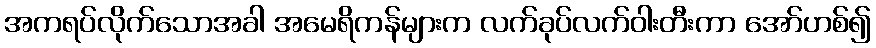
အကရပ်လိုက်သောအခါ အမေရိကန်များက လက်ခုပ်လက်ဝါးတီးကာ အော်ဟစ်၍